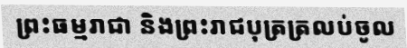
ព្រះធម្មរាជា និងព្រះរាជបុត្រត្រលប់ចូល